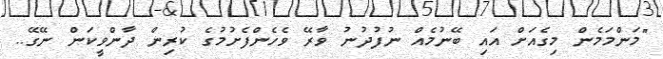
"މަންމަމެން މިގެއަށް އައި ބޭނުމެއް ނުފުދުނު ވާރޭ ވެހެންފެށުމުގެ ކުރިން ދާންވީކަން ނޭގޭ..